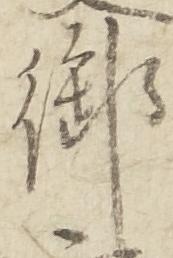
御